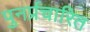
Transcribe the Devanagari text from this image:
पुनर्प्रचारित